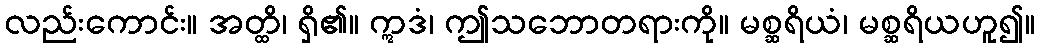
လည်းကောင်း။ အတ္ထိ၊ ရှိ၏။ ဣဒံ၊ ဤသဘောတရားကို။ မစ္ဆရိယံ၊ မစ္ဆရိယဟူ၍။